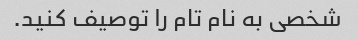
شخصی به نام تام را توصیف کنید.